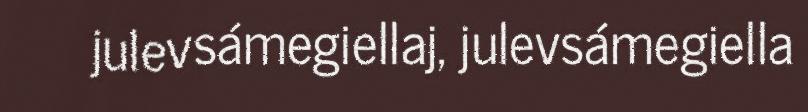
julevsámegiellaj, julevsámegiella